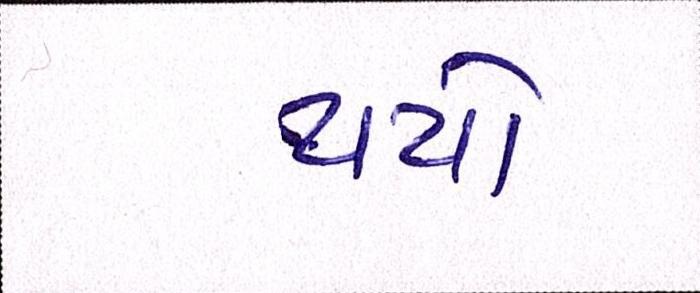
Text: થયો